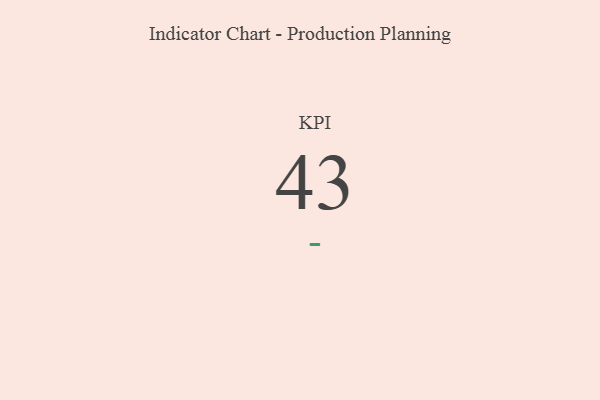
{"axis": {"x": "KPI", "y": "Value"}, "legend": [""], "data": [{"x": "KPI", "y": 43, "type": ""}]}